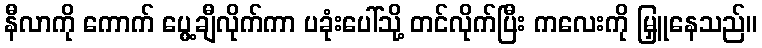
နီလာကို ကောက် ပွေ့ချီလိုက်ကာ ပခုံးပေါ်သို့ တင်လိုက်ပြီး ကလေးကို မြှူနေသည်။